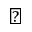
\backprime